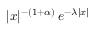
| x | ^ { - ( 1 + \alpha ) } \, e ^ { - \lambda | x | }